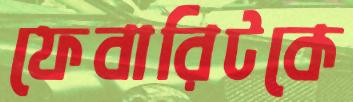
ফেবারিটকে